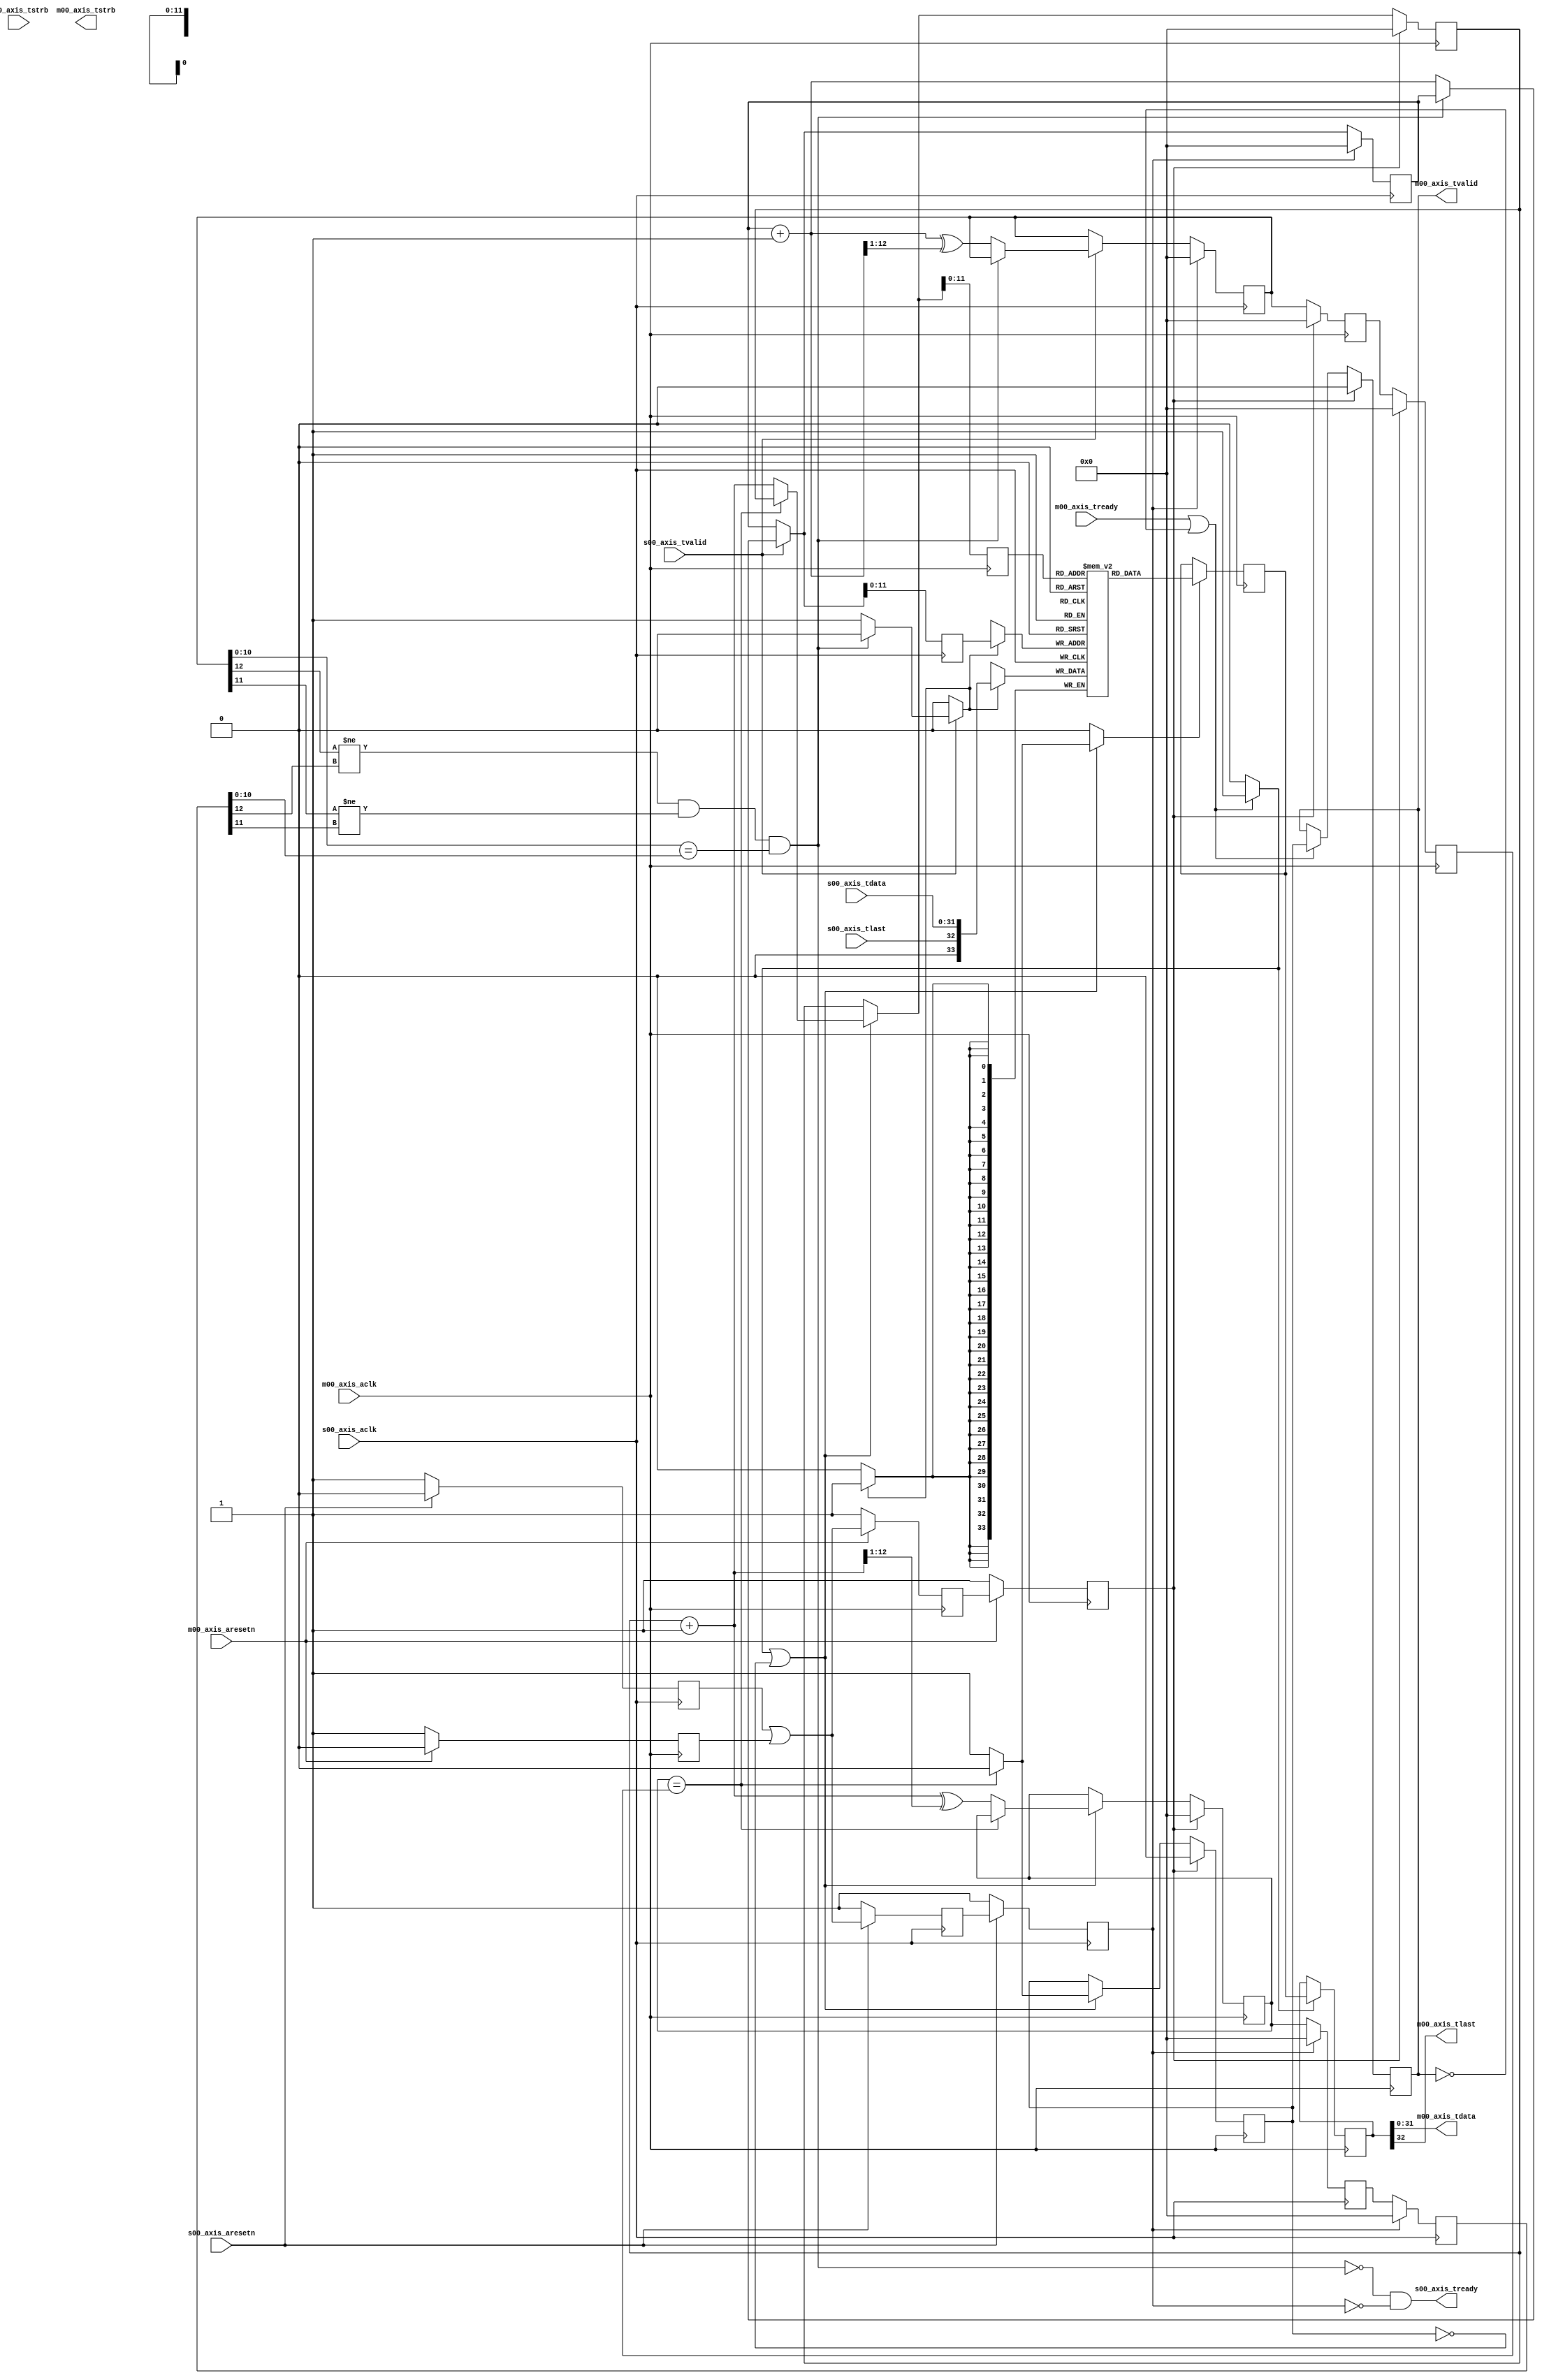
/*

Copyright (c) 2014-2017 Alex Forencich

Permission is hereby granted, free of charge, to any person obtaining a copy
of this software and associated documentation files (the "Software"), to deal
in the Software without restriction, including without limitation the rights
to use, copy, modify, merge, publish, distribute, sublicense, and/or sell
copies of the Software, and to permit persons to whom the Software is
furnished to do so, subject to the following conditions:

The above copyright notice and this permission notice shall be included in
all copies or substantial portions of the Software.

THE SOFTWARE IS PROVIDED "AS IS", WITHOUT WARRANTY OF ANY KIND, EXPRESS OR
IMPLIED, INCLUDING BUT NOT LIMITED TO THE WARRANTIES OF MERCHANTABILITY
FITNESS FOR A PARTICULAR PURPOSE AND NONINFRINGEMENT. IN NO EVENT SHALL THE
AUTHORS OR COPYRIGHT HOLDERS BE LIABLE FOR ANY CLAIM, DAMAGES OR OTHER
LIABILITY, WHETHER IN AN ACTION OF CONTRACT, TORT OR OTHERWISE, ARISING FROM,
OUT OF OR IN CONNECTION WITH THE SOFTWARE OR THE USE OR OTHER DEALINGS IN
THE SOFTWARE.

*/

/*

Modified by Jeff Johnson http://www.fpgadeveloper.com

- Renamed ports to match Vivado's naming for AXI-Streaming slave and master
- Removed the async reset input to the module
- Added separate resets for slave and master interfaces
- Removed the tuser signals (not used by Vivado)

*/

// Language: Verilog 2001

`timescale 1ns / 1ps

/*
 * AXI4-Stream asynchronous FIFO
 */
module axis_fifo_v1_0 #
(
    parameter ADDR_WIDTH = 12,
    parameter C_AXIS_TDATA_WIDTH = 32
)
(
    /*
     * AXI slave interface (input to the FIFO)
     */
    input  wire                   s00_axis_aclk,
    input  wire                   s00_axis_aresetn,
    input  wire [C_AXIS_TDATA_WIDTH-1:0]  s00_axis_tdata,
    input  wire [(C_AXIS_TDATA_WIDTH/8)-1 : 0] s00_axis_tstrb,
    input  wire                   s00_axis_tvalid,
    output wire                   s00_axis_tready,
    input  wire                   s00_axis_tlast,
    
    /*
     * AXI master interface (output of the FIFO)
     */
    input  wire                   m00_axis_aclk,
    input  wire                   m00_axis_aresetn,
    output wire [C_AXIS_TDATA_WIDTH-1:0]  m00_axis_tdata,
    output wire [(C_AXIS_TDATA_WIDTH/8)-1 : 0] m00_axis_tstrb,
    output wire                   m00_axis_tvalid,
    input  wire                   m00_axis_tready,
    output wire                   m00_axis_tlast
);

reg [ADDR_WIDTH:0] wr_ptr_reg = {ADDR_WIDTH+1{1'b0}}, wr_ptr_next;
reg [ADDR_WIDTH:0] wr_ptr_gray_reg = {ADDR_WIDTH+1{1'b0}}, wr_ptr_gray_next;
reg [ADDR_WIDTH:0] wr_addr_reg = {ADDR_WIDTH+1{1'b0}};
reg [ADDR_WIDTH:0] rd_ptr_reg = {ADDR_WIDTH+1{1'b0}}, rd_ptr_next;
reg [ADDR_WIDTH:0] rd_ptr_gray_reg = {ADDR_WIDTH+1{1'b0}}, rd_ptr_gray_next;
reg [ADDR_WIDTH:0] rd_addr_reg = {ADDR_WIDTH+1{1'b0}};

reg [ADDR_WIDTH:0] wr_ptr_gray_sync1_reg = {ADDR_WIDTH+1{1'b0}};
reg [ADDR_WIDTH:0] wr_ptr_gray_sync2_reg = {ADDR_WIDTH+1{1'b0}};
reg [ADDR_WIDTH:0] rd_ptr_gray_sync1_reg = {ADDR_WIDTH+1{1'b0}};
reg [ADDR_WIDTH:0] rd_ptr_gray_sync2_reg = {ADDR_WIDTH+1{1'b0}};

reg s00_rst_sync1_reg = 1'b1;
reg s00_rst_sync2_reg = 1'b1;
reg s00_rst_sync3_reg = 1'b1;
reg m00_rst_sync1_reg = 1'b1;
reg m00_rst_sync2_reg = 1'b1;
reg m00_rst_sync3_reg = 1'b1;

reg [C_AXIS_TDATA_WIDTH+2-1:0] mem[(2**ADDR_WIDTH)-1:0];
reg [C_AXIS_TDATA_WIDTH+2-1:0] mem_read_data_reg = {C_AXIS_TDATA_WIDTH+2{1'b0}};
reg mem_read_data_valid_reg = 1'b0, mem_read_data_valid_next;
wire [C_AXIS_TDATA_WIDTH+2-1:0] mem_write_data;

reg [C_AXIS_TDATA_WIDTH+2-1:0] m00_data_reg = {C_AXIS_TDATA_WIDTH+2{1'b0}};

reg m00_axis_tvalid_reg = 1'b0, m00_axis_tvalid_next;

// full when first TWO MSBs do NOT match, but rest matches
// (gray code equivalent of first MSB different but rest same)
wire full = ((wr_ptr_gray_reg[ADDR_WIDTH] != rd_ptr_gray_sync2_reg[ADDR_WIDTH]) &&
             (wr_ptr_gray_reg[ADDR_WIDTH-1] != rd_ptr_gray_sync2_reg[ADDR_WIDTH-1]) &&
             (wr_ptr_gray_reg[ADDR_WIDTH-2:0] == rd_ptr_gray_sync2_reg[ADDR_WIDTH-2:0]));
// empty when pointers match exactly
wire empty = rd_ptr_gray_reg == wr_ptr_gray_sync2_reg;

// control signals
reg write;
reg read;
reg store_output;

assign s00_axis_tready = ~full & ~s00_rst_sync3_reg;

assign m00_axis_tvalid = m00_axis_tvalid_reg;

assign mem_write_data = {s00_axis_tlast, s00_axis_tdata};
assign {m00_axis_tlast, m00_axis_tdata} = m00_data_reg;

// reset synchronization
always @(posedge s00_axis_aclk) begin
    if (!s00_axis_aresetn) begin
        s00_rst_sync1_reg <= 1'b1;
        s00_rst_sync2_reg <= 1'b1;
        s00_rst_sync3_reg <= 1'b1;
    end else begin
        s00_rst_sync1_reg <= 1'b0;
        s00_rst_sync2_reg <= s00_rst_sync1_reg | m00_rst_sync1_reg;
        s00_rst_sync3_reg <= s00_rst_sync2_reg;
    end
end

always @(posedge m00_axis_aclk) begin
    if (!m00_axis_aresetn) begin
        m00_rst_sync1_reg <= 1'b1;
        m00_rst_sync2_reg <= 1'b1;
        m00_rst_sync3_reg <= 1'b1;
    end else begin
        m00_rst_sync1_reg <= 1'b0;
        m00_rst_sync2_reg <= s00_rst_sync1_reg | m00_rst_sync1_reg;
        m00_rst_sync3_reg <= m00_rst_sync2_reg;
    end
end

// Write logic
always @* begin
    write = 1'b0;

    wr_ptr_next = wr_ptr_reg;
    wr_ptr_gray_next = wr_ptr_gray_reg;

    if (s00_axis_tvalid) begin
        // input data valid
        if (~full) begin
            // not full, perform write
            write = 1'b1;
            wr_ptr_next = wr_ptr_reg + 1;
            wr_ptr_gray_next = wr_ptr_next ^ (wr_ptr_next >> 1);
        end
    end
end

always @(posedge s00_axis_aclk) begin
    if (s00_rst_sync3_reg) begin
        wr_ptr_reg <= {ADDR_WIDTH+1{1'b0}};
        wr_ptr_gray_reg <= {ADDR_WIDTH+1{1'b0}};
    end else begin
        wr_ptr_reg <= wr_ptr_next;
        wr_ptr_gray_reg <= wr_ptr_gray_next;
    end

    wr_addr_reg <= wr_ptr_next;

    if (write) begin
        mem[wr_addr_reg[ADDR_WIDTH-1:0]] <= mem_write_data;
    end
end

// pointer synchronization
always @(posedge s00_axis_aclk) begin
    if (s00_rst_sync3_reg) begin
        rd_ptr_gray_sync1_reg <= {ADDR_WIDTH+1{1'b0}};
        rd_ptr_gray_sync2_reg <= {ADDR_WIDTH+1{1'b0}};
    end else begin
        rd_ptr_gray_sync1_reg <= rd_ptr_gray_reg;
        rd_ptr_gray_sync2_reg <= rd_ptr_gray_sync1_reg;
    end
end

always @(posedge m00_axis_aclk) begin
    if (m00_rst_sync3_reg) begin
        wr_ptr_gray_sync1_reg <= {ADDR_WIDTH+1{1'b0}};
        wr_ptr_gray_sync2_reg <= {ADDR_WIDTH+1{1'b0}};
    end else begin
        wr_ptr_gray_sync1_reg <= wr_ptr_gray_reg;
        wr_ptr_gray_sync2_reg <= wr_ptr_gray_sync1_reg;
    end
end

// Read logic
always @* begin
    read = 1'b0;

    rd_ptr_next = rd_ptr_reg;
    rd_ptr_gray_next = rd_ptr_gray_reg;

    mem_read_data_valid_next = mem_read_data_valid_reg;

    if (store_output | ~mem_read_data_valid_reg) begin
        // output data not valid OR currently being transferred
        if (~empty) begin
            // not empty, perform read
            read = 1'b1;
            mem_read_data_valid_next = 1'b1;
            rd_ptr_next = rd_ptr_reg + 1;
            rd_ptr_gray_next = rd_ptr_next ^ (rd_ptr_next >> 1);
        end else begin
            // empty, invalidate
            mem_read_data_valid_next = 1'b0;
        end
    end
end

always @(posedge m00_axis_aclk) begin
    if (m00_rst_sync3_reg) begin
        rd_ptr_reg <= {ADDR_WIDTH+1{1'b0}};
        rd_ptr_gray_reg <= {ADDR_WIDTH+1{1'b0}};
        mem_read_data_valid_reg <= 1'b0;
    end else begin
        rd_ptr_reg <= rd_ptr_next;
        rd_ptr_gray_reg <= rd_ptr_gray_next;
        mem_read_data_valid_reg <= mem_read_data_valid_next;
    end

    rd_addr_reg <= rd_ptr_next;

    if (read) begin
        mem_read_data_reg <= mem[rd_addr_reg[ADDR_WIDTH-1:0]];
    end
end

// Output register
always @* begin
    store_output = 1'b0;

    m00_axis_tvalid_next = m00_axis_tvalid_reg;

    if (m00_axis_tready | ~m00_axis_tvalid) begin
        store_output = 1'b1;
        m00_axis_tvalid_next = mem_read_data_valid_reg;
    end
end

always @(posedge m00_axis_aclk) begin
    if (m00_rst_sync3_reg) begin
        m00_axis_tvalid_reg <= 1'b0;
    end else begin
        m00_axis_tvalid_reg <= m00_axis_tvalid_next;
    end

    if (store_output) begin
        m00_data_reg <= mem_read_data_reg;
    end
end

endmodule